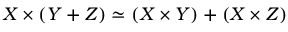
X \times ( Y + Z ) \simeq ( X \times Y ) + ( X \times Z )